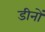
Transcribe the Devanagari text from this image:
डीनों